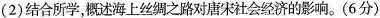
(2)结合所学，概述海上丝绸之路对唐宋社会经济的影响。(6分)